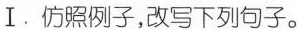
Ⅰ. 仿照例子,改写下列句子。